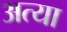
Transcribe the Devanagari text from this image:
अत्या